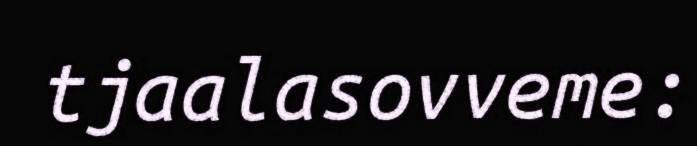
tjaalasovveme: